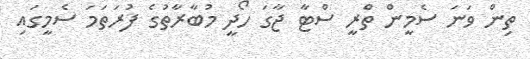
ތިން ވަަނަ ސެމީން ތްރީ ސްޓާ ޖާގަ ހޯދީ މުބާރާތުގެ ފުރަތަމަ ސެމީގައި